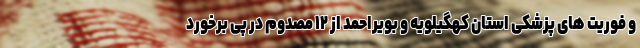
و فوریت های پزشکی استان کهگیلویه و بویراحمد از ۱۲ مصدوم در پی برخورد